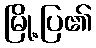
မြို့ပြ၏